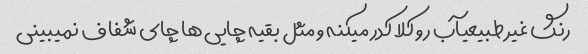
رنگ غیر طبیعیآب رو کلا کدر میکنه و مثل بقیه چایی ها چای شفاف نمیبینی